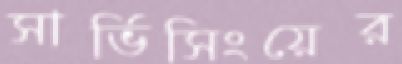
সার্ভিসিংয়ের